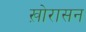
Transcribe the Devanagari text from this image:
ख़ोरासन